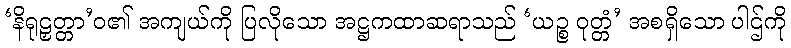
‘နိရုဠှတ္တာ’ဝ၏ အကျယ်ကို ပြလိုသော အဋ္ဌကထာဆရာသည် ‘ယဉ္စ ဝုတ္တံ’ အစရှိသော ပါဌ်ကို